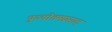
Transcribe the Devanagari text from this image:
पुरुषोत्तमप्रसाद